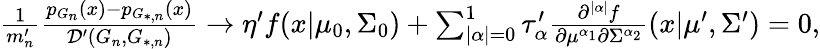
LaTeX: \begin{array}{r}{\frac{1}{m_{n}^{\prime}}\frac{p_{G_{n}}(x)-p_{G_{*,n}}(x)}{\mathcal{D}^{\prime}(G_{n},G_{*,n})}\to\eta^{\prime}f(x|\mu_{0},\Sigma_{0})+\sum_{|\alpha|=0}^{1}{\tau_{\alpha}^{\prime}\frac{\partial^{|\alpha|}{f}}{\partial{\mu^{\alpha_{1}}}\partial{\Sigma^{\alpha_{2}}}}(x|\mu^{\prime},\Sigma^{\prime})}=0,}\end{array}